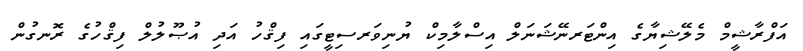
އަފްރާޝީމް މެލޭޝިޔާގެ އިންޓަރނޭޝަނަލް އިސްލާމިކް ޔުނިވަރސިޓީގައި ފިޤްހު އަދި އުޞޫލުލް ފިޤްހުގެ ރޮނގުން